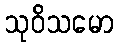
သုဝိသမော